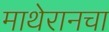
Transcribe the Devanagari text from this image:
माथेरानचा